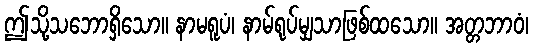
ဤသို့သဘောရှိသော။ နာမရူပံ၊ နာမ်ရုပ်မျှသာဖြစ်ထသော။ အတ္တဘာဝံ၊